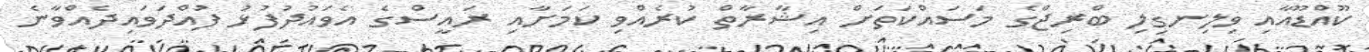
ކޫއްޑޫއާއި ވިލިނގިލި ބްރިޖްގެ މަސައްކަތަށް އިޝާރާތް ކުރެއްވި ކަމަށާއި ރައީސްގެ އެވައުދުފުޅު ފުއްދަވައިދެއްވާނެ